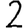
Digit: 2